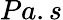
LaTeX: Pa.s